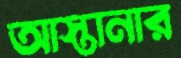
আস্তানার